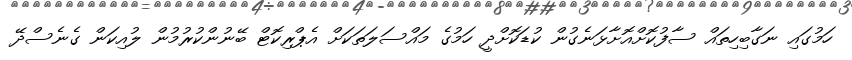
ހަމުގައި ނަގާބިހިތައް ސާފުކޮށްއޮށާޅަނެގުން ކުޑަކޮށްދީ ހަމުގެ މައްސަލަތަކަށް އެޕްރިކޮޓް ބޭނުންކުރުމުން ލުއިކަން ގެނެސްދޭ